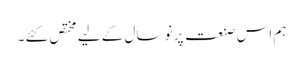
ہم اس صنعت پر نو سال کے لیے مختص کئے ۔